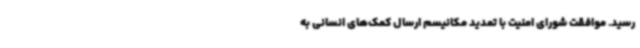
رسید. موافقت شورای امنیت با تمدید مکانیسم ارسال کمک‌های انسانی به